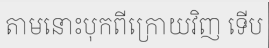
តាមនោះបុកពីក្រោយវិញ ទើប